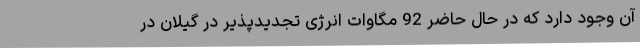
آن وجود دارد که در حال حاضر 92 مگاوات انرژی تجدیدپذیر در گیلان در